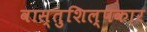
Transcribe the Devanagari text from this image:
वास्तुशिल्पकार